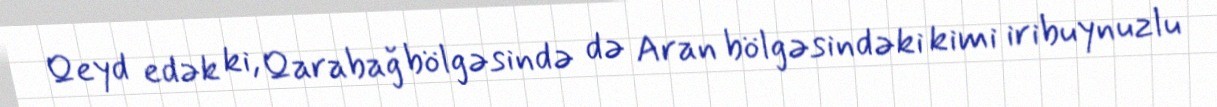
Qeyd edək ki, Qarabağ bölgəsində də Aran bölgəsindəki kimi iribuynuzlu